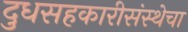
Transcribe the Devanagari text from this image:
दुधसहकारीसंस्थेचा